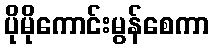
ပိုမိုကောင်းမွန်စေကာ